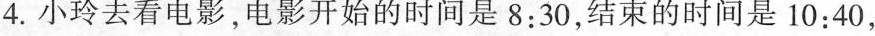
4.小玲去看电影，电影开始的时间是8:30，结束的时间是10:40，